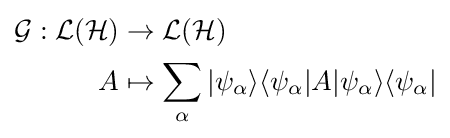
{\begin{aligned}{\mathcal {G}}:{\mathcal {L}}({\mathcal {H}})&\rightarrow {\mathcal {L}}({\mathcal {H}})\\A&\mapsto \displaystyle \sum _{\alpha }|\psi _{\alpha }\rangle \langle \psi _{\alpha }|A|\psi _{\alpha }\rangle \langle \psi _{\alpha }|\end{aligned}}